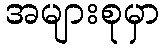
အများစုမှာ